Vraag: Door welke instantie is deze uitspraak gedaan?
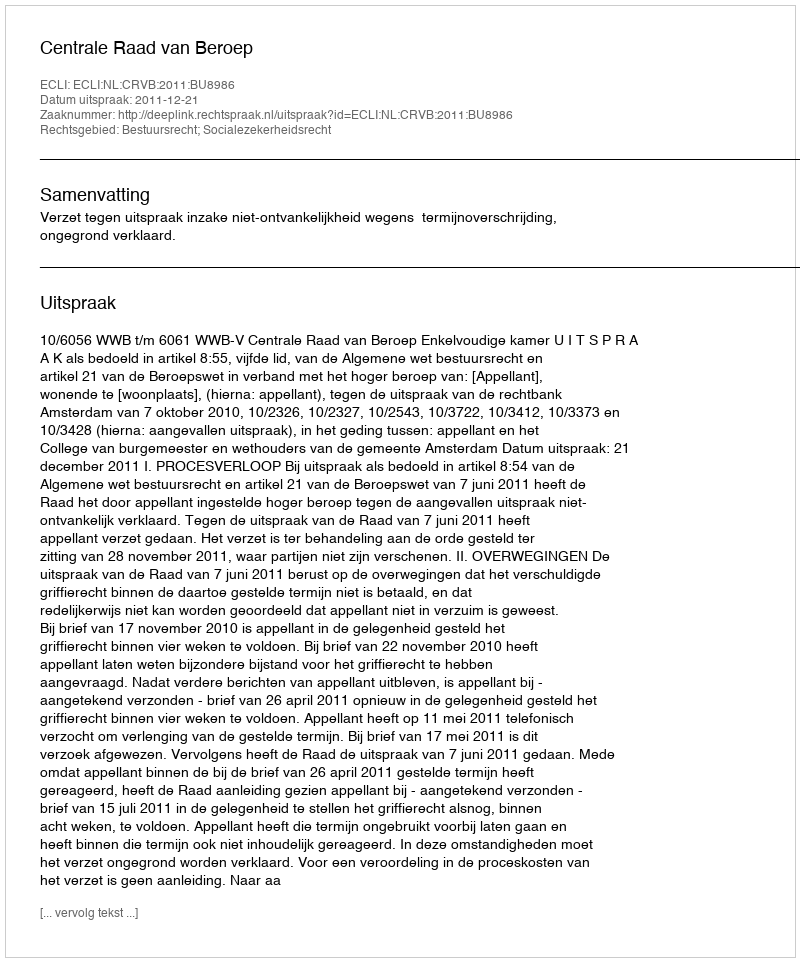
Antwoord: Centrale Raad van Beroep